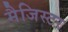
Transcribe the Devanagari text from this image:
मैजिस्टर